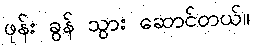
ဖုန်း ခွန် သွား ဆောင်တယ်။